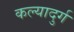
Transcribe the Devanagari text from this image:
कल्यादुर्ग